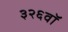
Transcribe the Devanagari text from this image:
३२६वॉ